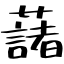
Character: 藷